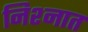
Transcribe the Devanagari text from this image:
निश्नात